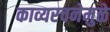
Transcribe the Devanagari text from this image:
काव्यरचनेमुळे